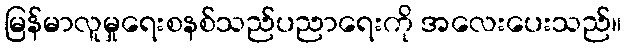
မြန်မာလူမှုရေးစနစ်သည်ပညာရေးကို အလေးပေးသည်။